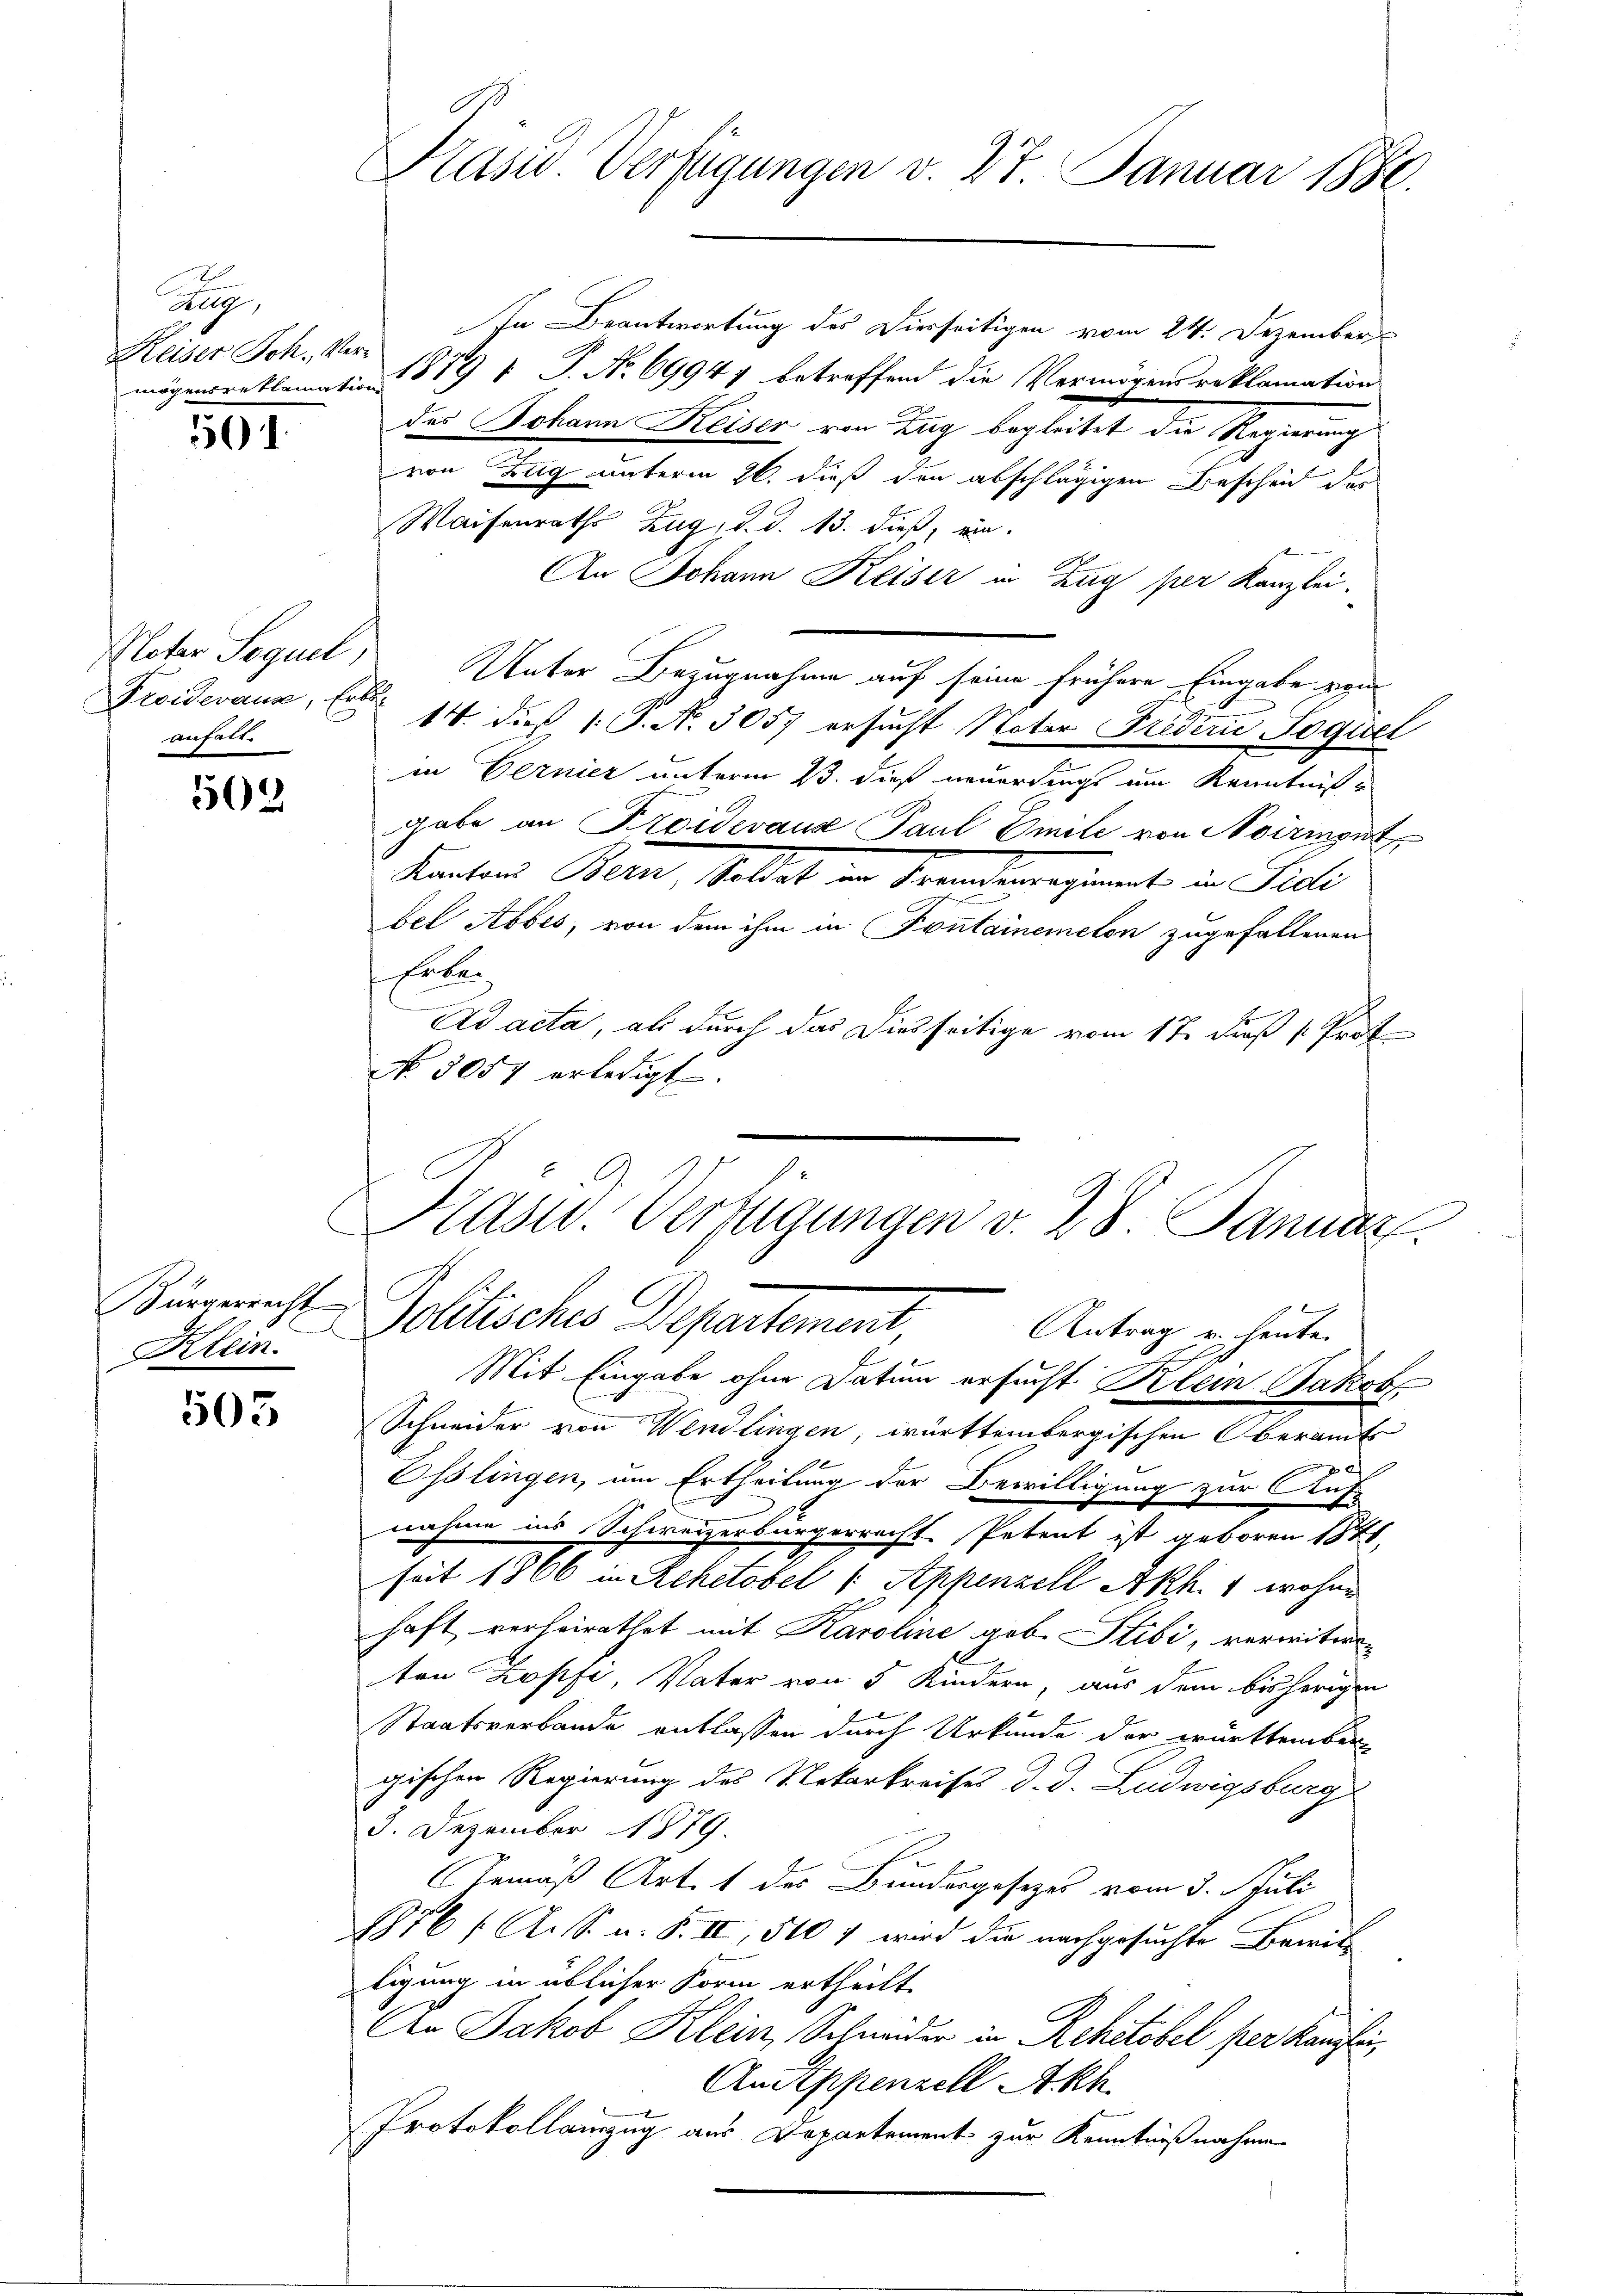
u
Keiser Joh. Ver¬

501

Noter Sequel,
Froiderause, Erbe
anhalt.

502

Bürgerrecht
Klein.

505

Kasid. Verfügungen v. 27. Januar 1880.

In Beantwortung des Diesseitigen vom 24. Dezember
mögensreklamation 1819 1 S. No 69947 betreffend die Vermögensreklamation
das Johann Heiser von Zug begleitet die Regierung
von Zug unterm 26. dieß den abschlägigen Bescheid des
Waisenraths Zug, d. d. 13. dieß, ein.
An Johann Keiser in Zug per Kanzlei.
Unter Bezugnahme auf seine frühere Eingabe vom
14. dieß 1 S. N. 3057 ersucht Notar Friderić Jogisel
in Gernier unterm 23. dieß neuerdings um Kenntnißgabe an Kroidevanz Paul Emile von Noirient
Kantons Bern, Stellet in Brandeneginnt in Fridli
bel Abbes, von dem ihm in Fontainemeton zugefallenen
Erbe
Ad acta, als durch das Diesseitige vom 17. Fuß . Prof
No 3057 erledigt.
Präsid. Verfügungen v. 28. Januar
Pollische Departement. Antrag gehenten
E
Mit Eingabe ohne Datum ersucht Belein Jakob
Schneider von Wendlingen, württembergischen beramts
0
Osslingen, um Ertheilung der Bewilligung zur Auf-
nahme ins Schweizerbürgerrecht Petent ist geboren 1871,
seit 1866 in Rehetobel /: Appenzell Akhi 1 wohne
haft verheirathet mit Karoline geb. Stibi, verwitwen
ton Zopfi, Vater von 5 Kindern, aus dem bisherigen
Staatsverbande entlassen durch Urkunde der württember-
gischen Regierung des Nekarkreises d. d. Ludwigsburg
3. Dezember 1879.
Gemäß Art. 1 des Bundergesetzes vom 3. Juli
1876 f. A. S. u. F. II, 510 7 wird die nachgesuchte Breit
tigung in üblicher Form ertheilt.
An Jakob Klein, Schneider in Rektobel per Kanzlei,
AnSippenzell A.Rh.
Protokollauszug aus Departement zur Kenntnißnahme